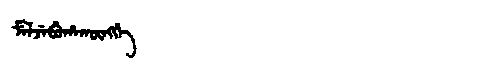
Manchu: ᠮᡝᠯᠵᡝᠪᡠᡥᠠᡴᡡᠩᡤᡝ
Romanization: MELJEBUHAKŪNGGE